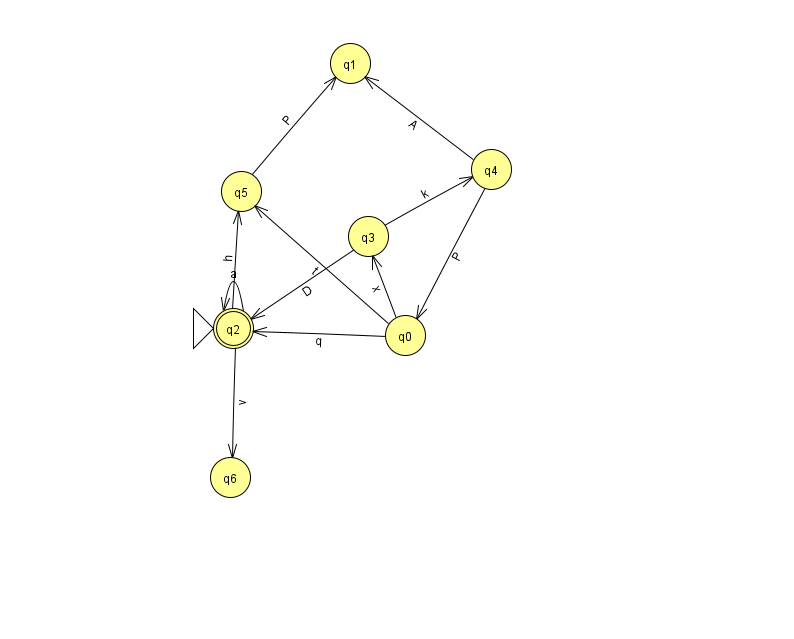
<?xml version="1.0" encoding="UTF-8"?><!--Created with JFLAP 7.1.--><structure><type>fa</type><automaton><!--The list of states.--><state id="0" name="q0"><x>405.0</x><y>322.0</y></state><state id="1" name="q1"><x>350.0</x><y>50.0</y></state><state id="2" name="q2"><x>233.0</x><y>315.0</y><initial/><final/></state><state id="3" name="q3"><x>368.0</x><y>223.0</y></state><state id="4" name="q4"><x>491.0</x><y>156.0</y></state><state id="5" name="q5"><x>241.0</x><y>178.0</y></state><state id="6" name="q6"><x>230.0</x><y>464.0</y></state><!--The list of transitions.--><transition><from>2</from><to>2</to><read>a</read></transition><transition><from>0</from><to>5</to><read>t</read></transition><transition><from>4</from><to>0</to><read>P</read></transition><transition><from>0</from><to>2</to><read>q</read></transition><transition><from>3</from><to>2</to><read>D</read></transition><transition><from>2</from><to>5</to><read>h</read></transition><transition><from>4</from><to>1</to><read>A</read></transition><transition><from>3</from><to>4</to><read>k</read></transition><transition><from>5</from><to>1</to><read>P</read></transition><transition><from>2</from><to>6</to><read>v</read></transition><transition><from>0</from><to>3</to><read>x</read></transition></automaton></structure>